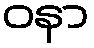
ဝနာ